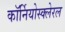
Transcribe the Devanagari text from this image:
कॉर्नियोस्क्लेरल